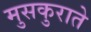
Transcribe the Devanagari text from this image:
मुसकुराते